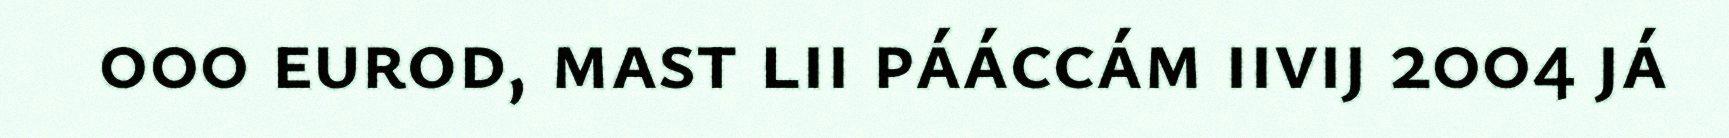
000 eurod, mast lii pááccám iivij 2004 já